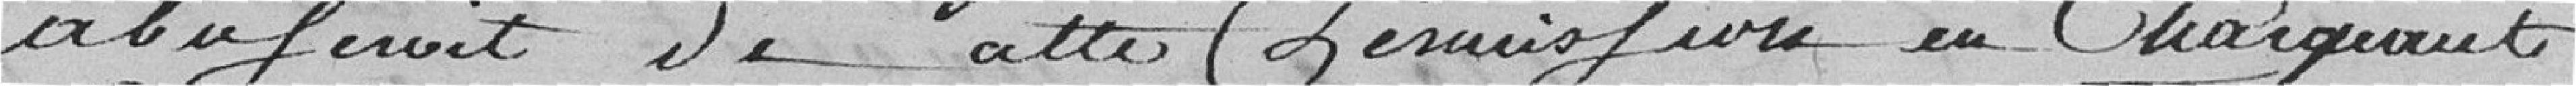
abuserait de cette permission en chargeant